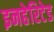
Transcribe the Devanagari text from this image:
इनहेरिटेड